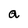
Character: a